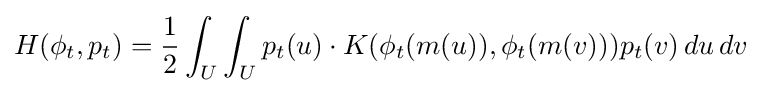
H(\phi _{t},p_{t})={\frac {1}{2}}\int _{U}\int _{U}p_{t}(u)\cdot K(\phi _{t}(m(u)),\phi _{t}(m(v)))p_{t}(v)\,du\,dv